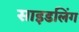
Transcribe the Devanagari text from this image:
साइडलिंग